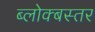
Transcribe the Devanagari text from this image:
ब्लोक्बस्तर